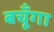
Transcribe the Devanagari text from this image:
बचूँगा